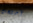
أصطحب